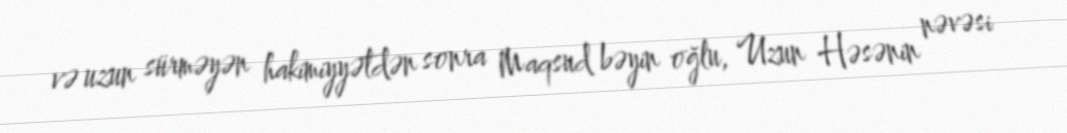
və uzun sürməyən hakimiyyətdən sonra Maqsud bəyin oğlu, Uzun Həsənin nəvəsi